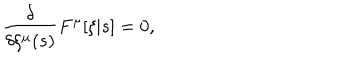
\frac { \delta } { \delta \xi ^ { \mu } ( s ) } F ^ { \mu } [ \xi | s ] = 0 ,